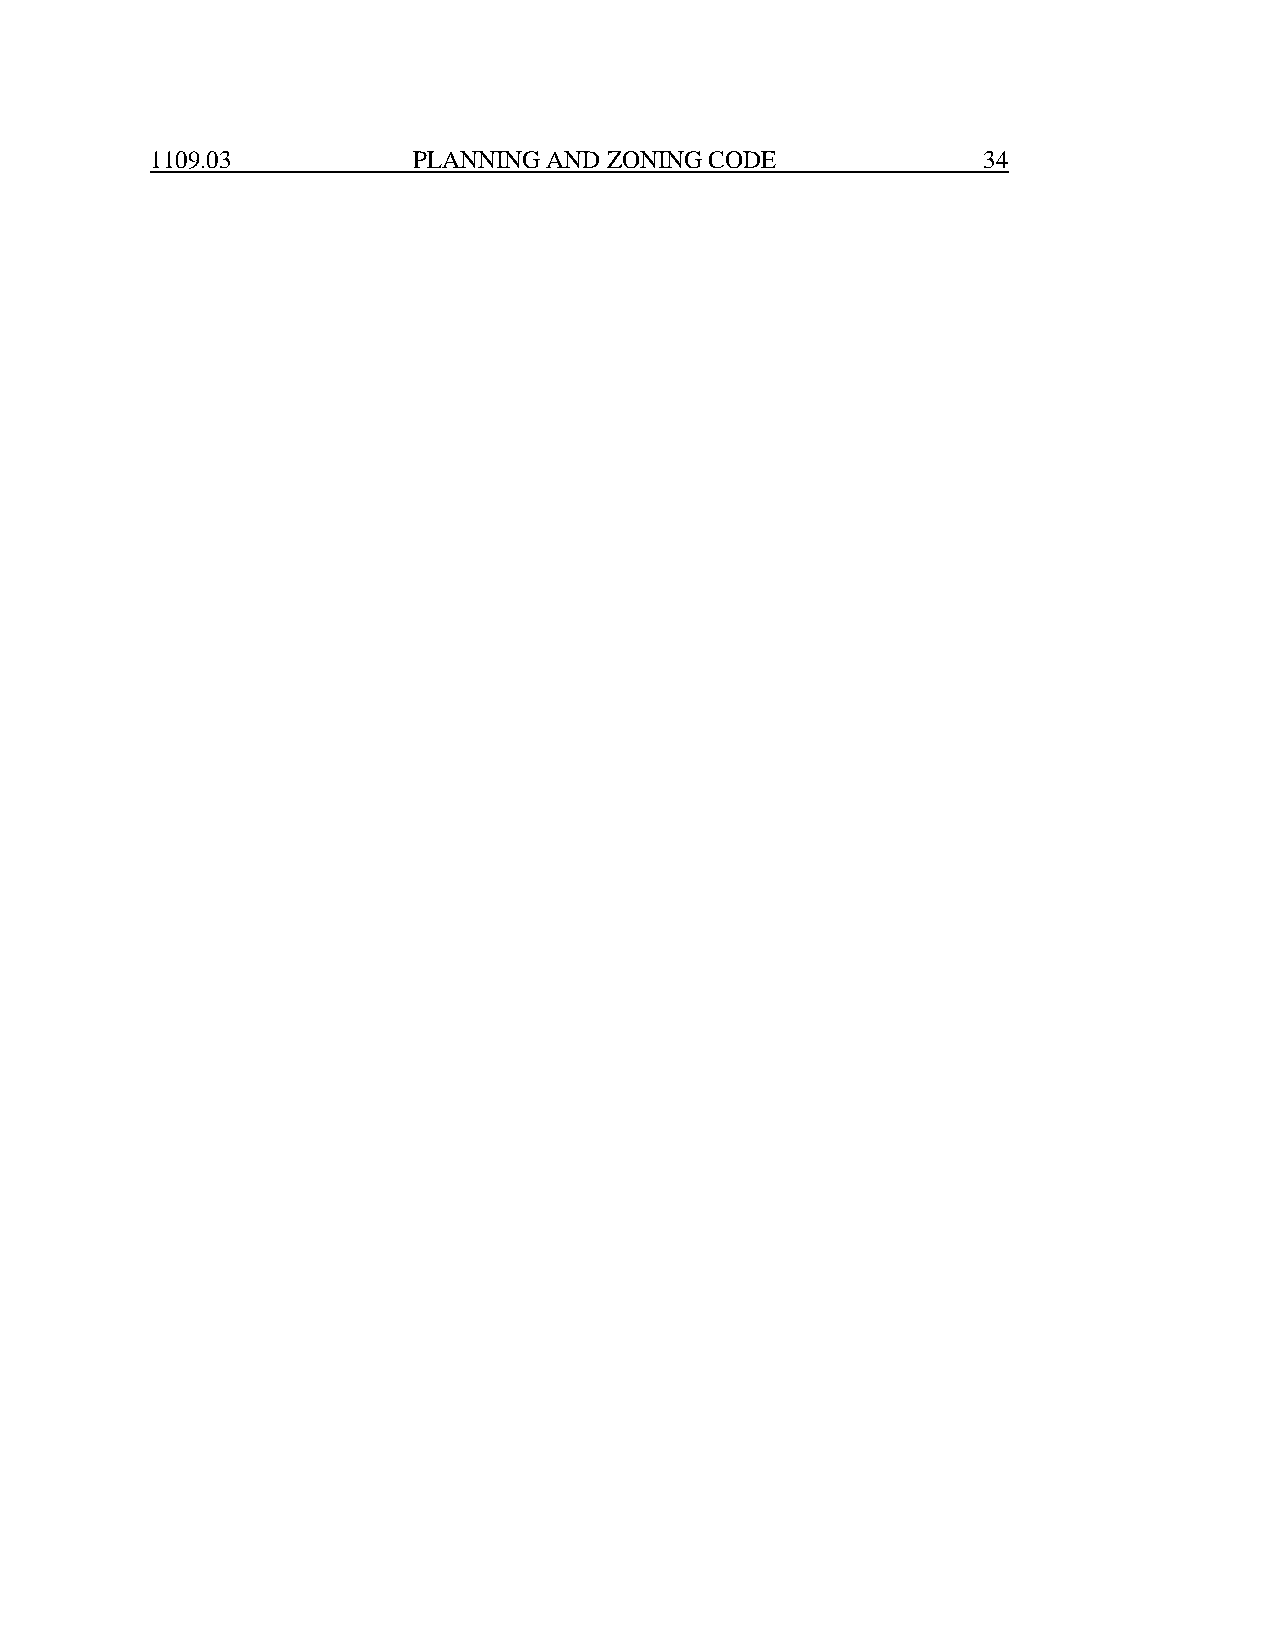
1109.03          PLANNING AND ZONING CODE              34